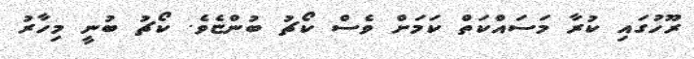
ރޫހުގައި ކުރާ މަސައްކަތް ކަމަށް ވެސް ކޯޗު ބުންޏެވެ. ކޯޗު ބުނީ މިހާރު